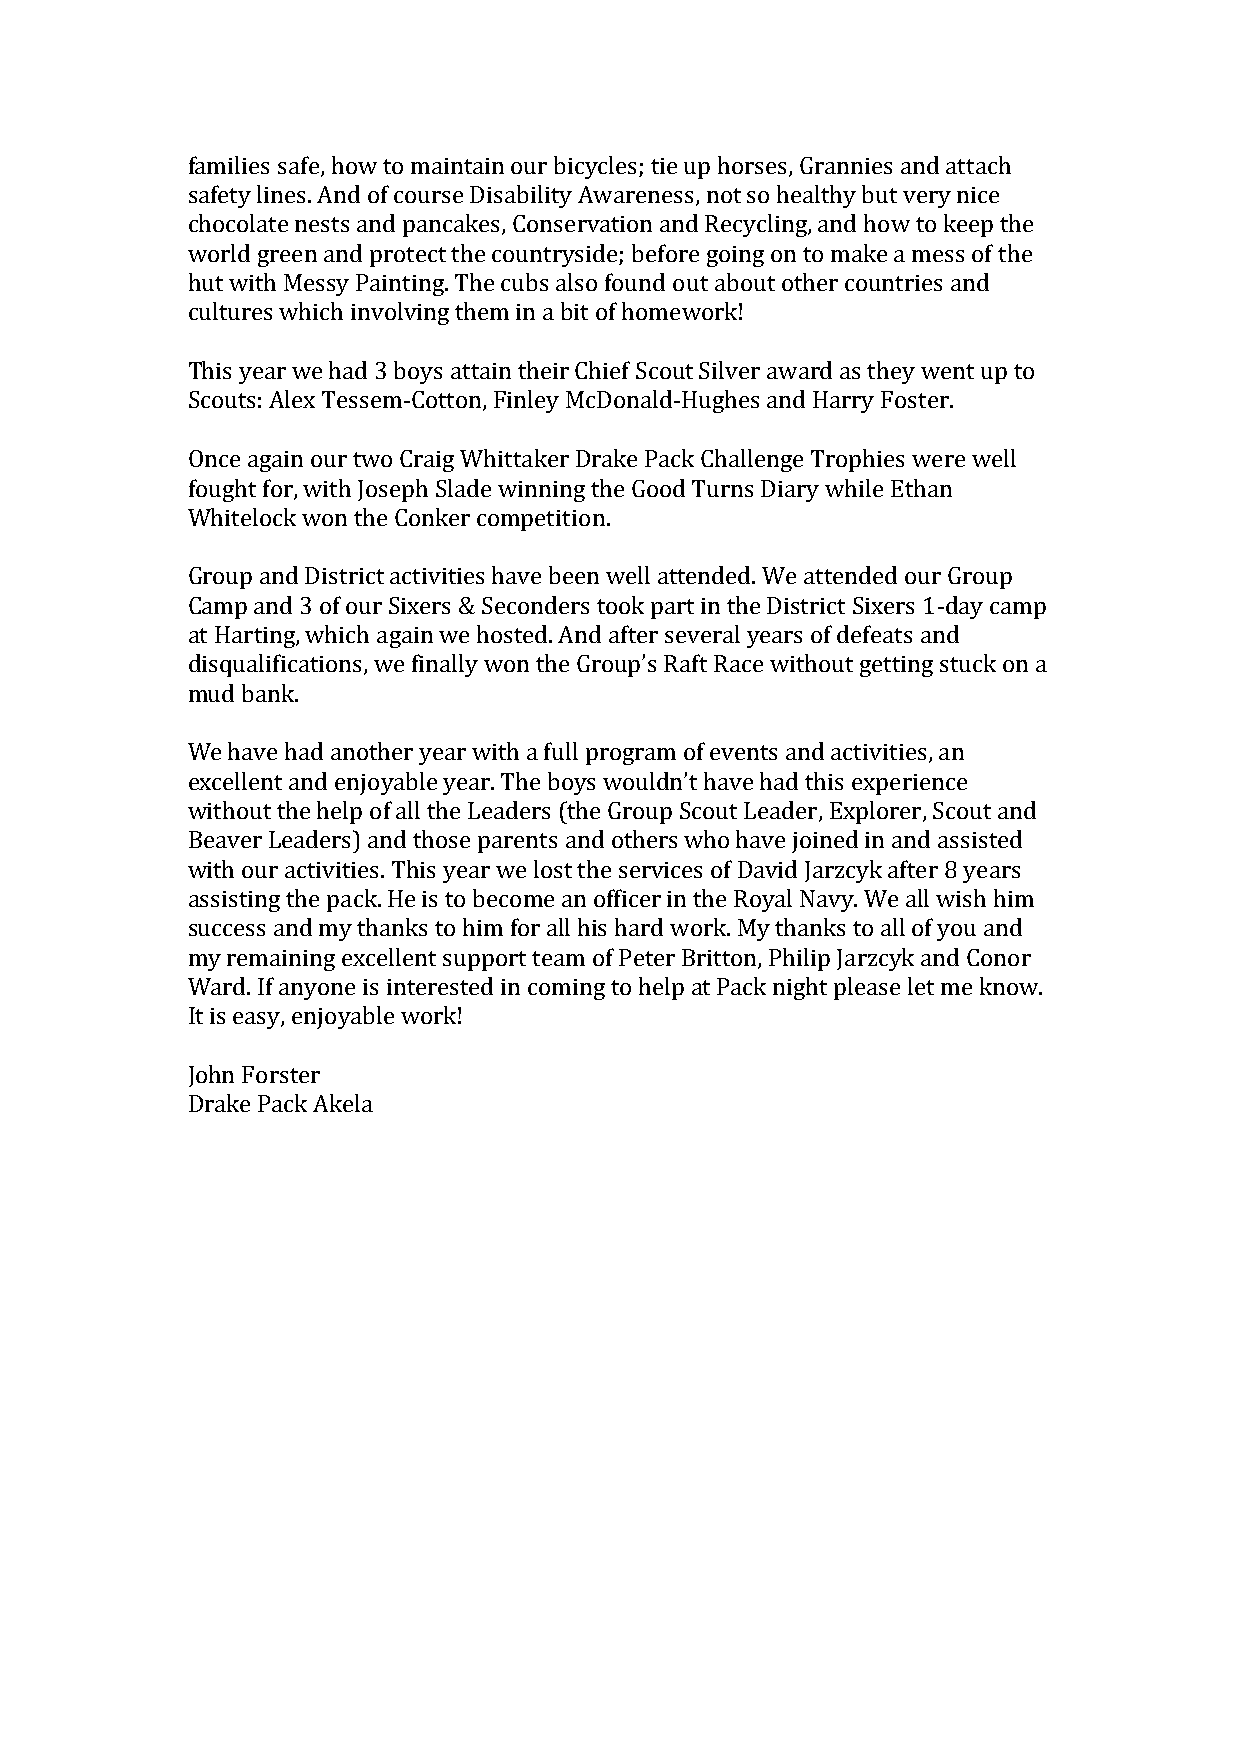
families safe, how to maintain our bicycles; tie up horses, Grannies and attach
 safety lines. And of course Disability Awareness, not so healthy but very nice
 chocolate nests and pancakes, Conservation and Recycling, and how to keep the
 world green and protect the countryside; before going on to make a mess of the
 hut with Messy Painting. The cubs also found out about other countries and
 cultures which involving them in a bit of homework!
 This year we had 3 boys attain their Chief Scout Silver award as they went up to
 Scouts: Alex Tessem-Cotton, Finley McDonald-Hughes and Harry Foster.
 Once again our two Craig Whittaker Drake Pack Challenge Trophies were well
 fought for, with Joseph Slade winning the Good Turns Diary while Ethan
 Whitelock won the Conker competition.
 Group and District activities have been well attended. We attended our Group
 Camp and 3 of our Sixers & Seconders took part in the District Sixers 1-day camp
 at Harting, which again we hosted. And after several years of defeats and
 disqualifications, we finally won the Group’s Raft Race without getting stuck on a
 mud bank.
 We have had another year with a full program of events and activities, an
 excellent and enjoyable year. The boys wouldn’t have had this experience
 without the help of all the Leaders (the Group Scout Leader, Explorer, Scout and
 Beaver Leaders) and those parents and others who have joined in and assisted
 with our activities. This year we lost the services of David Jarzcyk after 8 years
 assisting the pack. He is to become an officer in the Royal Navy. We all wish him
 success and my thanks to him for all his hard work. My thanks to all of you and
 my remaining excellent support team of Peter Britton, Philip Jarzcyk and Conor
 Ward. If anyone is interested in coming to help at Pack night please let me know.
 It is easy, enjoyable work!
 John Forster
 Drake Pack Akela